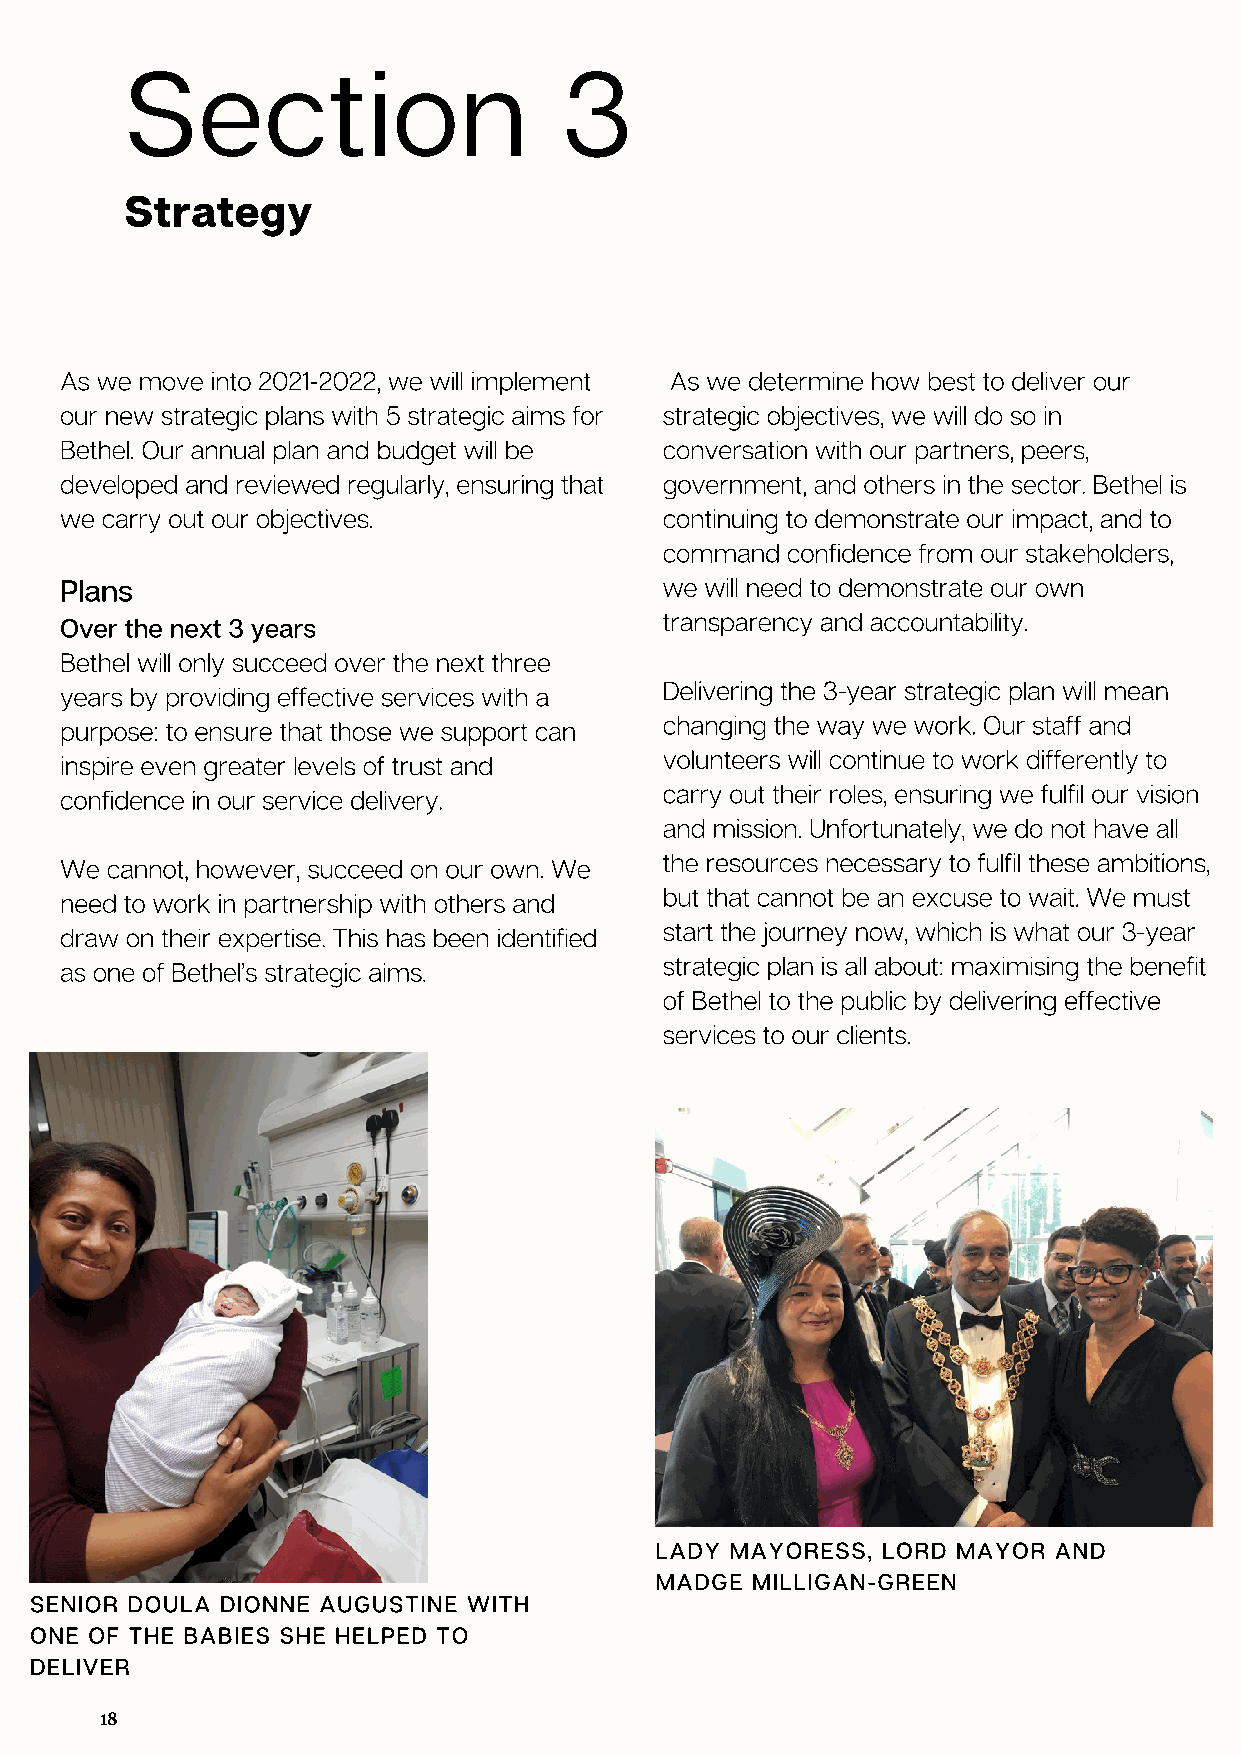
Section                      3
 Strategy
 As we move into 2021-2022, we will implement As we determine how best to deliver our
 our new strategic plans with 5 strategic aims for strategic objectives, we will do so in
 Bethel. Our annual plan and budget will be conversation with our partners, peers,
 developed and reviewed regularly, ensuring that government, and others in the sector. Bethel is
 we carry out our objectives.            continuing to demonstrate our impact, and to
 command confidence from our stakeholders,
 Plans                                   we will need to demonstrate our own
 transparency and accountability.
 Over the next 3 years
 Bethel will only succeed over the next three
 Delivering the 3-year strategic plan will mean
 years by providing effective services with a
 changing the way we work. Our staff and
 purpose: to ensure that those we support can
 volunteers will continue to work differently to
 inspire even greater levels of trust and
 carry out their roles, ensuring we fulfil our vision
 confidence in our service delivery.
 and mission. Unfortunately, we do not have all
 the resources necessary to fulfil these ambitions,
 We cannot, however, succeed on our own. We
 but that cannot be an excuse to wait. We must
 need to work in partnership with others and
 start the journey now, which is what our 3-year
 draw on their expertise. This has been identified
 strategic plan is all about: maximising the benefit
 as one of Bethel’s strategic aims.
 of Bethel to the public by delivering effective
 services to our clients.
 LADY MAYORESS, LORD MAYOR  AND
 MADGE  MILLIGAN-GREEN
 SENIOR DOULA DIONNE AUGUSTINE WITH
 ONE OF THE BABIES SHE HELPED TO
 DELIVER
 18